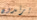
يرتدون